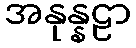
အနုန္နဠာ